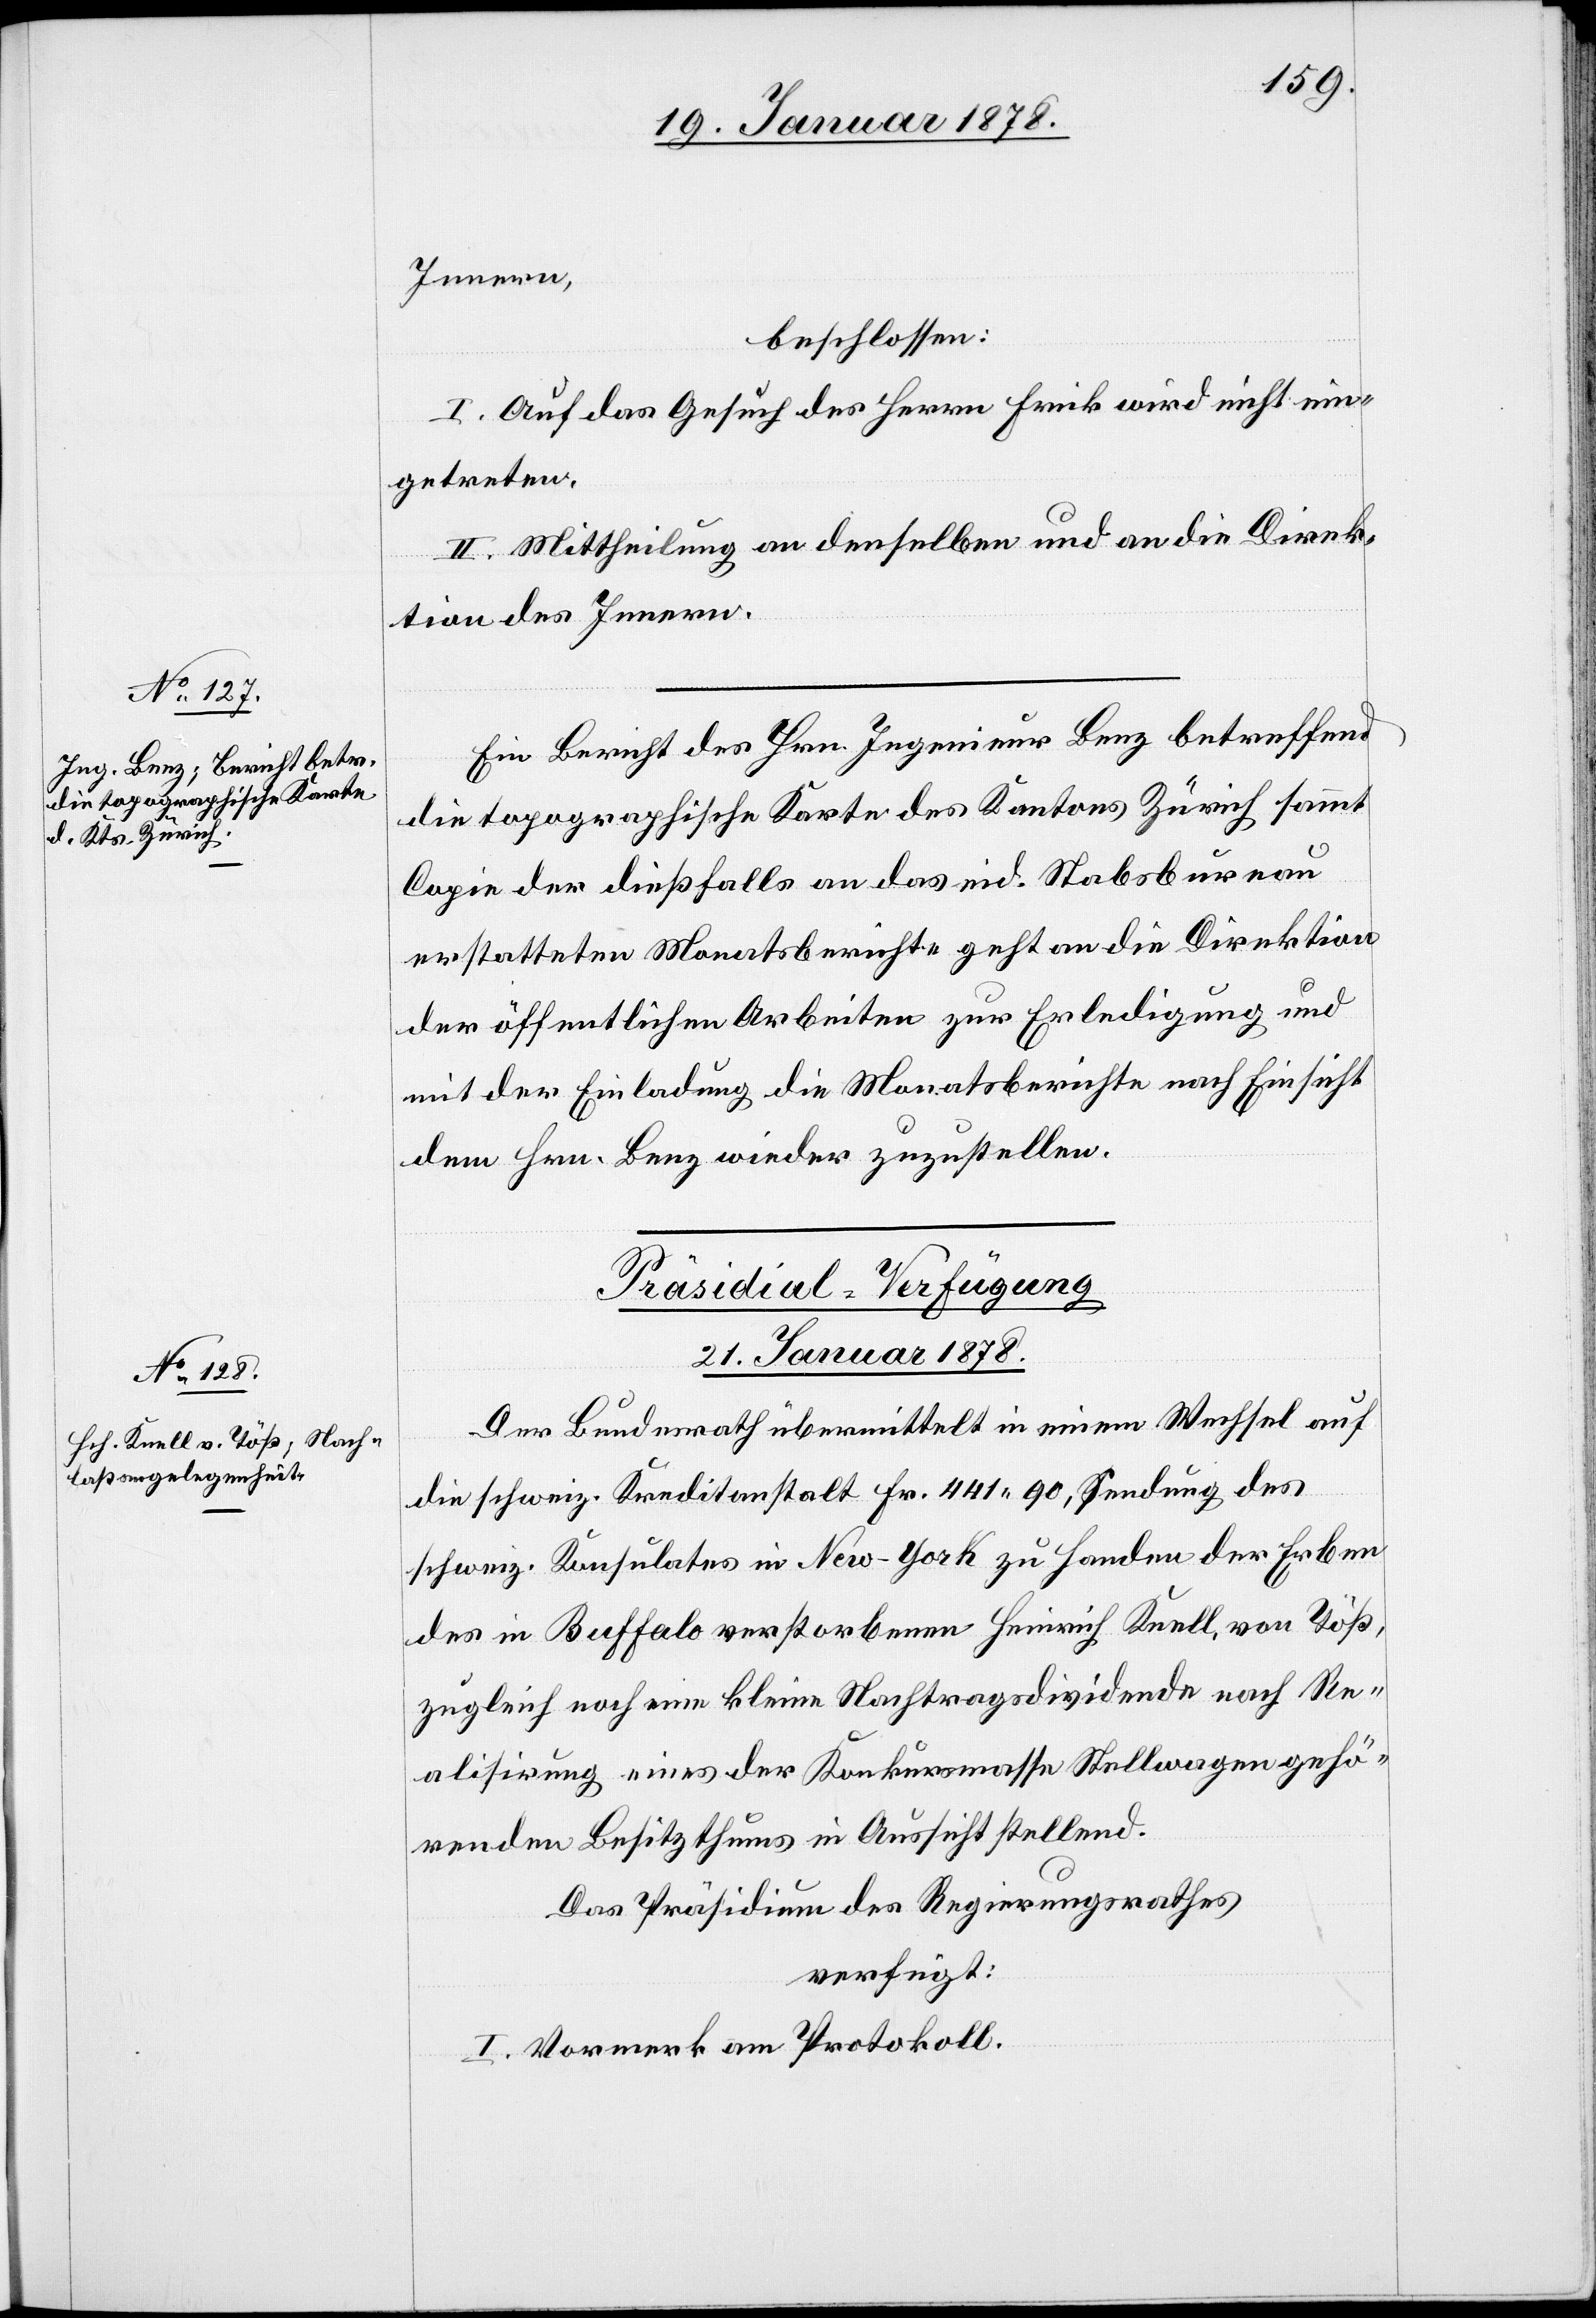
Innern,
beschlossen:
I. Auf das Gesuch des Herrn Frick wird nicht ein¬
getreten.
II. Mittheilung an denselben und an die Direk¬
tion des Innern.
Ein Bericht des Hrn. Ingenieur Benz betreffend
die topographische Karte des Kantons Zürich sammt
Copie der dießfalls an das eid. Stabsbureau
erstatteten Monatsberichte geht an die Direktion
der öffentlichen Arbeiten zur Erledigung und
mit der Einladung die Monatsberichte nach Einsicht
dem Hrn. Benz wieder zuzustellen.
Präsidial-Verfügung
21. Januar 1878.
Der Bundesrath übermittelt in seinem Wechsel auf
die schweiz. Kreditanstalt Fr. 441. 90, Sendung des
schweiz. Konsulates in New-York zu Handen der Erben
des in Buffalo verstorbenen Heinrich Knell, von Töß,
zugleich noch eine kleine Nachtragsdividende nach Re¬
alisirung eines der Konkursmasse Stellwagen gehö¬
renden Besitzthums in Aussicht stellend.
Das Präsidium des Regierungsrathes
verfügt:
I. Vormerk am Protokoll.